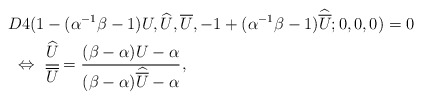
\begin{align*} &D4(1-(\alpha^{-1}\beta-1)U,\widehat{U},\overline{U},-1+(\alpha^{-1}\beta-1)\widehat{\overline{U}};0,0,0)=0\\ &~\Leftrightarrow~ \cfrac{\widehat{U}}{\overline{U}}=\cfrac{(\beta-\alpha)U-\alpha}{(\beta-\alpha)\widehat{\overline{U}}-\alpha}\,,\end{align*}